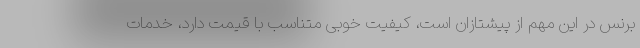
برنس در این مهم از پیشتازان است، کیفیت خوبی متناسب با قیمت دارد، خدمات